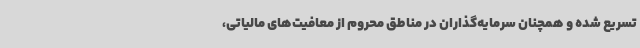
تسریع شده و همچنان سرمایه‌گذاران در مناطق محروم از معافیت‌های مالیاتی،